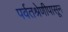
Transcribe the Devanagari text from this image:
पर्वतश्रेणीपासून